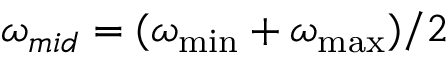
\omega _ { m i d } = ( \omega _ { \operatorname* { m i n } } + \omega _ { \operatorname* { m a x } } ) / 2